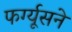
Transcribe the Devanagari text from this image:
फर्ग्यूसने